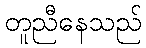
တူညီနေသည်